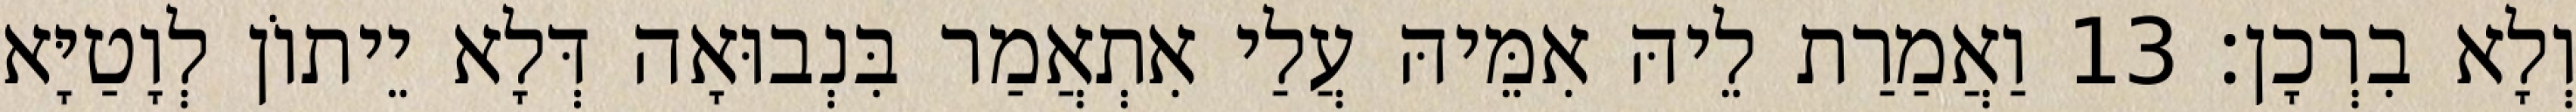
וְלָא בִרְכָן׃ 13 וַאֲמַרַת לֵיהּ אִמֵּיהּ עֲלַי אִתְאֲמַר בִּנְבוּאָה דְּלָא יֵיתוֹן לְוָטַיָּא